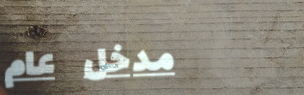
مدخل عام